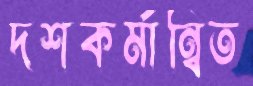
দশকর্মান্বিত